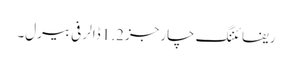
ریفائننگ چارجز 1.2 ڈالر فی بیرل۔